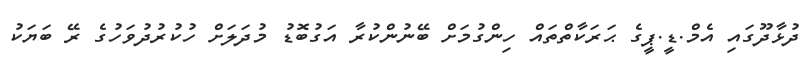
ދުޅާދޫގައި އެމް.ޑީ.ޕީގެ ޙަރަކާތްތައް ހިންގުމަށް ބޭނުންކުރާ އަގުބޮޑު މުދަލަށް ހުކުރުދުވަހުގެ ރޭ ބަޔަކު